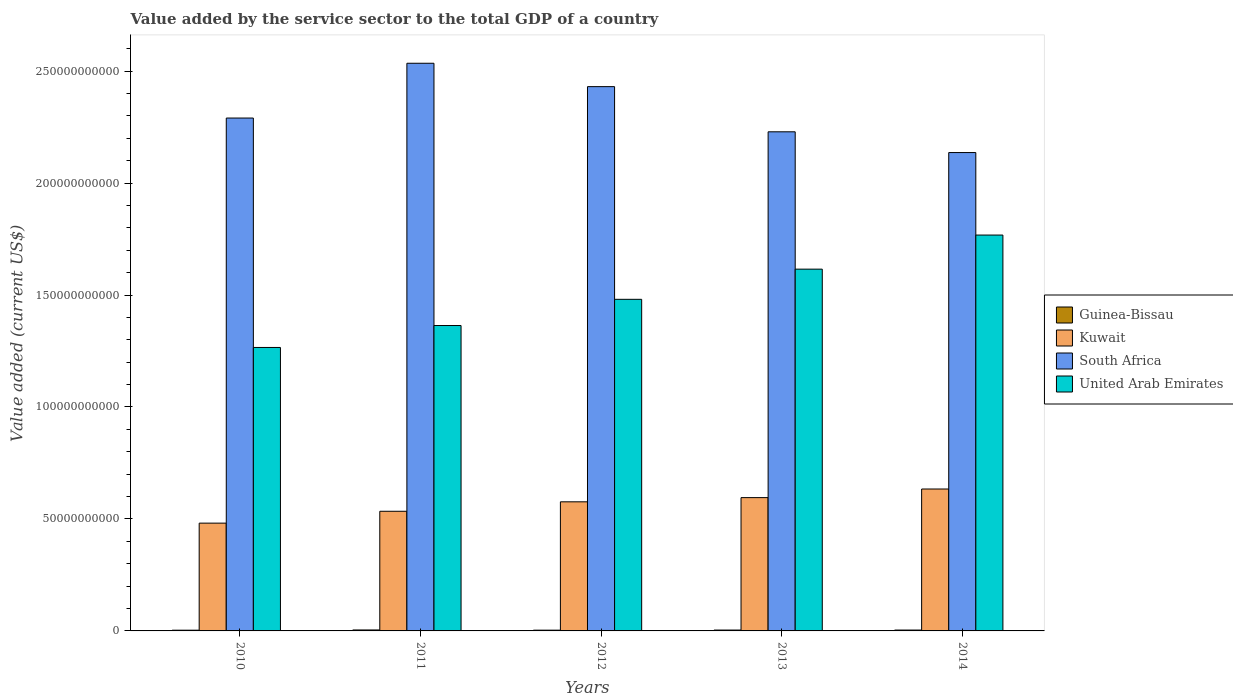
| Years | Guinea-Bissau | Kuwait | South Africa | United Arab Emirates |
 | --- | --- | --- | --- | --- |
 | 2010 | 3.25e+08 | 4.81e+10 | 2.29e+11 | 1.27e+11 |
 | 2011 | 4.27e+08 | 5.34e+10 | 2.53e+11 | 1.36e+11 |
 | 2012 | 3.38e+08 | 5.77e+10 | 2.43e+11 | 1.48e+11 |
 | 2013 | 3.86e+08 | 5.95e+10 | 2.23e+11 | 1.62e+11 |
 | 2014 | 3.89e+08 | 6.34e+10 | 2.14e+11 | 1.77e+11 |